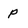
Character: p